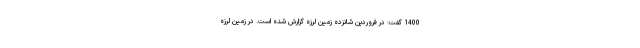
1400 گفت: در فروردین شانزده زمین لرزه گزارش شده است. در زمین لرزه